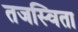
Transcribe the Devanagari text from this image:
तजस्विता